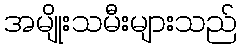
အမျိုးသမီးများသည်